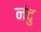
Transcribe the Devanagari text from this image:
नंदु